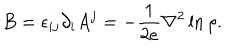
B = \epsilon _ { i j } \partial _ { i } A ^ { j } = - \frac { 1 } { 2 e } { \nabla } ^ { 2 } \ln \rho .